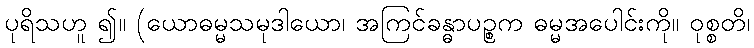
ပုရိသဟူ ၍။ (ယောဓမ္မသမုဒါယော၊ အကြင်ခန္ဓာပဉ္စက ဓမ္မအပေါင်းကို။ ဝုစ္စတိ၊